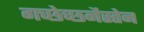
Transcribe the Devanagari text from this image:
गच्छेच्छनैस्तेन